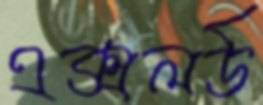
এক্সলর্ড